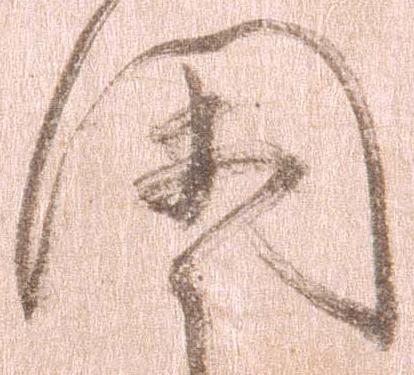
閑